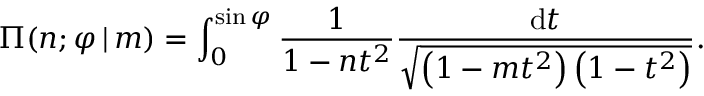
\Pi ( n ; \varphi \, | \, m ) = \int _ { 0 } ^ { \sin \varphi } { \frac { 1 } { 1 - n t ^ { 2 } } } { \frac { \mathrm { d } t } { \sqrt { \left( 1 - m t ^ { 2 } \right) \left( 1 - t ^ { 2 } \right) } } } .